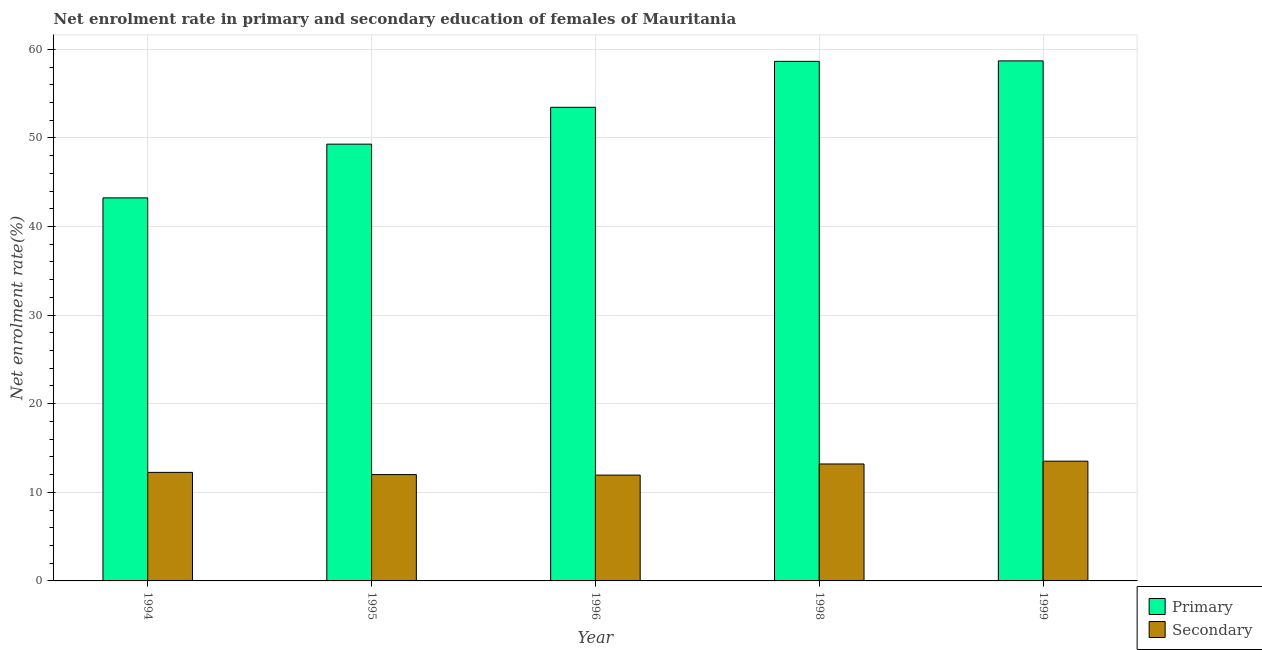
| Year | Primary | Secondary |
 | --- | --- | --- |
 | 1994 | 43.2 | 12.3 |
 | 1995 | 49.3 | 12 |
 | 1996 | 53.5 | 11.9 |
 | 1998 | 58.6 | 13.2 |
 | 1999 | 58.7 | 13.5 |